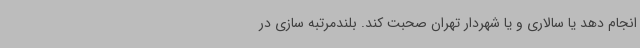
انجام دهد یا سالاری و یا شهردار تهران صحبت کند. بلندمرتبه سازی در